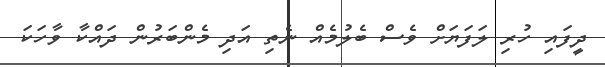
ދީފައި ހުރި ލަފަޔަށް ވެސް ބެލުމެއް ނެތި އަދި މެންބަރުން ދައްކާ ވާހަކަ